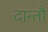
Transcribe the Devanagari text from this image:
दान्तौ